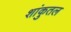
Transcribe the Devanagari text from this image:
शांकुतल